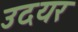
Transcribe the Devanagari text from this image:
उदयर